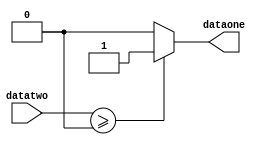
`timescale 1ns / 1ps
//////////////////////////////////////////////////////////////////////////////////
// Company: 
// Engineer: 
// 
// Design Name: 
// Module Name:    bijiao 
// Project Name: 
// Target Devices: 
// Tool versions: 
// Description: 
//
// Dependencies: 
//
// Revision: 
// Revision 0.01 - File Created
// Additional Comments: 
//
//////////////////////////////////////////////////////////////////////////////////
module bijiao(
	 input [31:0] datatwo,
	 output dataone
    );
	 assign dataone = ($signed(datatwo) >= 0)?1:0;


endmodule